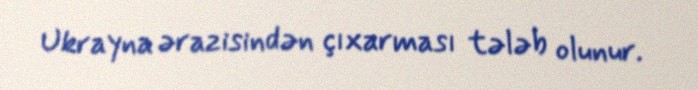
Ukrayna ərazisindən çıxarması tələb olunur.